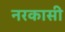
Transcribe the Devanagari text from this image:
नरकासी